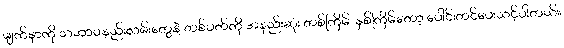
မျက်နှာကို သဘာဝနည်းလမ်းတွေနဲ့ တစ်ပတ်ကို အနည်းဆုံး တစ်ကြိမ်၊ နှစ်ကြိမ်တော့ ပေါင်းတင်ပေးသင့်ပါတယ်။